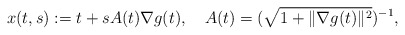
\begin{align*}x(t,s):=t+s A(t)\nabla g(t), \ \ \ A(t)=(\sqrt{1+\|\nabla g(t)\|^2})^{-1}, \end{align*}